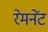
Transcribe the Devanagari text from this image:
रेमनेंट